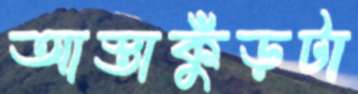
আস্তাকুঁড়টা